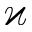
\varkappa